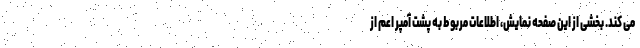
می کند. بخشی از این صفحه نمایش، اطلاعات مربوط به پشت آمپر اعم از